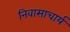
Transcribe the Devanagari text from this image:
निवासाचार्य